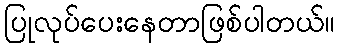
ပြုလုပ်ပေးနေတာဖြစ်ပါတယ်။